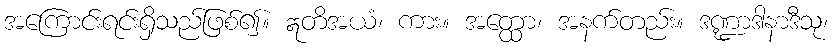
အကြောင်းရင်းရှိသည်ဖြစ်၍။ ဣတိအယံ၊ ကား။ အတ္ထော၊ အနက်တည်း။ ဒဏ္ဍာဒါနာဒီသု၊